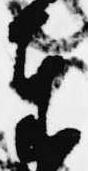
奉